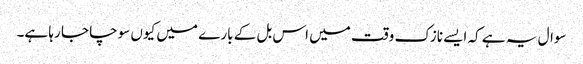
سوال یہ ہے کہ ایسے نازک وقت میں اس بل کے بارے میں کیوں سوچا جا رہا ہے۔